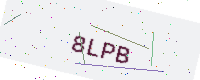
Text: 8LPB